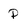
Character: P